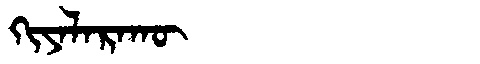
Manchu: ᡴᡳᠶᠠᠯᠠᡵᠠᡴᡡ
Romanization: KIYALARAKŪ